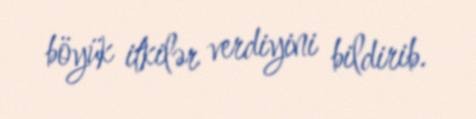
böyük itkilər verdiyini bildirib.